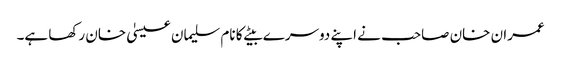
عمران خان صاحب نے اپنے دوسرے بیٹے کا نام سلیمان عیسیٰ خان رکھا ہے۔